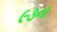
૯૩ના